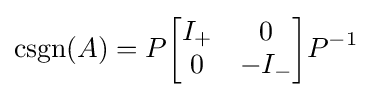
\operatorname {csgn} (A)=P{\begin{bmatrix}I_{+}&0\\0&-I_{-}\end{bmatrix}}P^{-1}